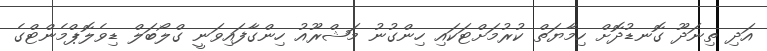
އަދި ތިނަދޫ ގޮނޑުދޮށް ހިމާޔަތް ކުރުމަށްޓަކައި ހިންގުނު މަޝްރޫއު ހިންގާފައިވަނީ ގްލޯބަލް ޑިވެލޮޕްމެންޓްގެ